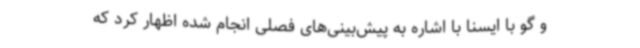
و گو با ایسنا با اشاره به پیش‌بینی‌های فصلی انجام شده اظهار کرد که